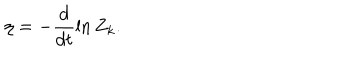
LaTeX: \eta = - \frac { d } { d t } \ln { Z _ { k } } .